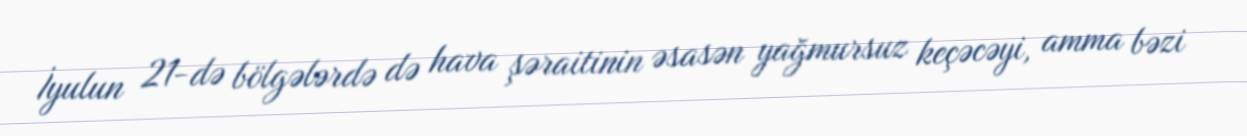
İyulun 21-də bölgələrdə də hava şəraitinin əsasən yağmursuz keçəcəyi, amma bəzi